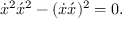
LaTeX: \dot { x } ^ { 2 } \acute { x } ^ { 2 } - ( \dot { x } \acute { x } ) ^ { 2 } = 0 .